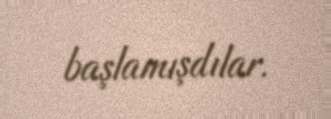
başlamışdılar.